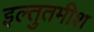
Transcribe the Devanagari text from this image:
इल्तुतमीश